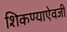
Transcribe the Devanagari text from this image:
शिकण्याऐवजी